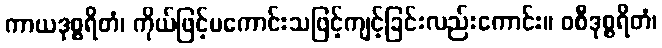
ကာယဒုစ္စရိတံ၊ ကိုယ်ဖြင့်မကောင်းသဖြင့်ကျင့်ခြင်းလည်းကောင်း။ ဝစီဒုစ္စရိတံ၊